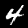
Digit: 4